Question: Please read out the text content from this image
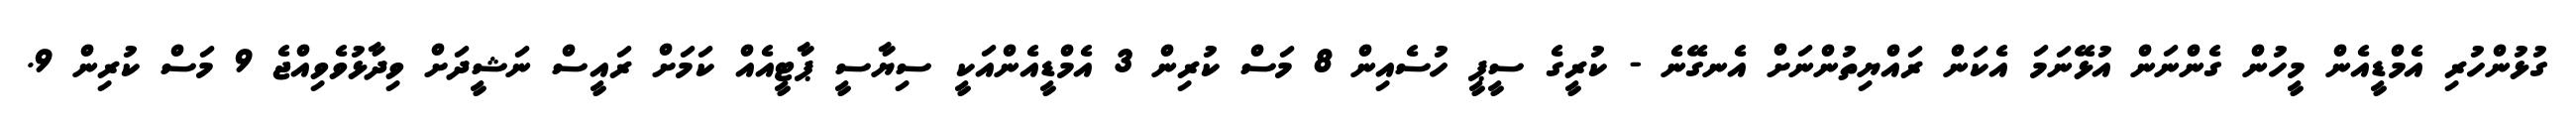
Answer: ގުޅުންހުރި އެމްޑީއެން މީހުން ގެންނަން އުޅޭނަމަ އެކަން ރައްޔިތުންނަށް އެނގޭނެ - ކުރީގެ ސީޕީ ހުސެއިން 8 މަސް ކުރިން 3 އެމްޑީއެންއަކީ ސިޔާސީ ޕާޓީއެއް ކަމަށް ރައީސް ނަޝީދަށް ވިދާޅުވެވިއްޖެ 9 މަސް ކުރިން 9.